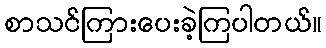
စာသင်ကြားပေးခဲ့ကြပါတယ်။